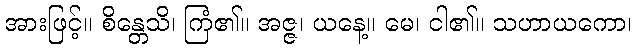
အားဖြင့်။ စိန္တေသိ၊ ကြံ၏။ အဇ္ဇ၊ ယနေ့။ မေ၊ ငါ၏။ သဟာယကော၊